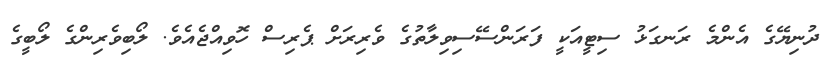
ދުނިޔޭގެ އެންމެ ރަނގަޅު ސިޓީއަކީ ފަރަންސޭސިވިލާތުގެ ވެރިރަށް ޕެރިސް ހޮވިއްޖެއެވެ. ލޯބިވެރިންގެ ލޯބީގެ